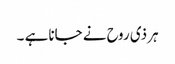
ہر ذی روح نے جانا ہے ۔